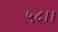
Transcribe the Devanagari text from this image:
५८।।